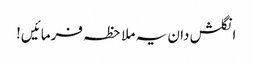
انگلش دان یہ ملاحظہ فرمائیں!